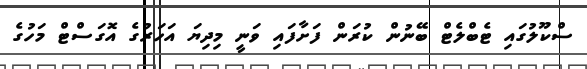
ސްކޫލުގައި ޓެބްލެޓް ބޭނުން ކުރަން ފަށާފައި ވަނީ މިދިޔަ އަހަރުގެ އޮގަސްޓް މަހުގެ